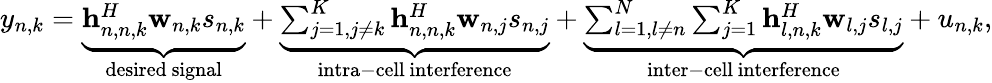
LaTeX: \begin{array}{r}{y_{n,k}=\underbrace{\mathbf{h}_{n,n,k}^{H}\mathbf{w}_{n,k}s_{n,k}}_{\mathrm{desired~signal}}+\underbrace{\sum_{j=1,j\neq k}^{K}\mathbf{h}_{n,n,k}^{H}\mathbf{w}_{n,j}s_{n,j}}_{\mathrm{intra-cell~interference}}+\underbrace{\sum_{l=1,l\neq n}^{N}\sum_{j=1}^{K}\mathbf{h}_{l,n,k}^{H}\mathbf{w}_{l,j}s_{l,j}}_{\mathrm{inter-cell~interference}}+u_{n,k},}\end{array}